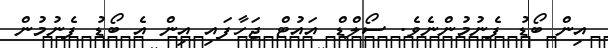
އިން ބޯޑު ފެނުމުންނެވެ. ސޯލްޑް އައުޓް ޖަހާފައި އިން އެ ބޯޑު ފެނުމުން